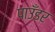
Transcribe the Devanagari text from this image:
पाउँडर